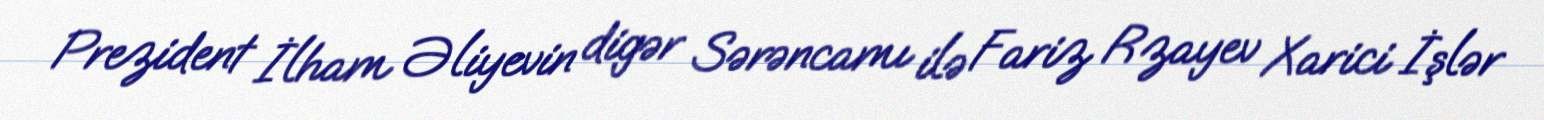
Prezident İlham Əliyevin digər Sərəncamı ilə Fariz Rzayev Xarici İşlər